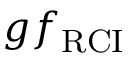
g f _ { \mathrm { R C I } }